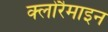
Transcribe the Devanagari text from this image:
क्लोरैमाइन